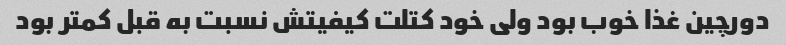
دورچین غذا خوب بود ولی خود کتلت کیفیتش نسبت به قبل کمتر بود